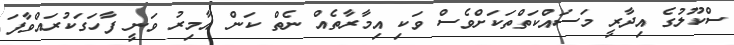
ސްކޫލުގެ އިދާރީ މަސައްކަތްތަކަށްވެސް ވަކި އިމާރާތެއް ނެތް ކަން އާމިރު ވަނީ ފާހަގަކުރައްވާފަ